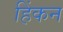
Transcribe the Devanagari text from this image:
हिंकन